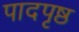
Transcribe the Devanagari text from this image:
पादपृष्ठ